Elephants and their diseases
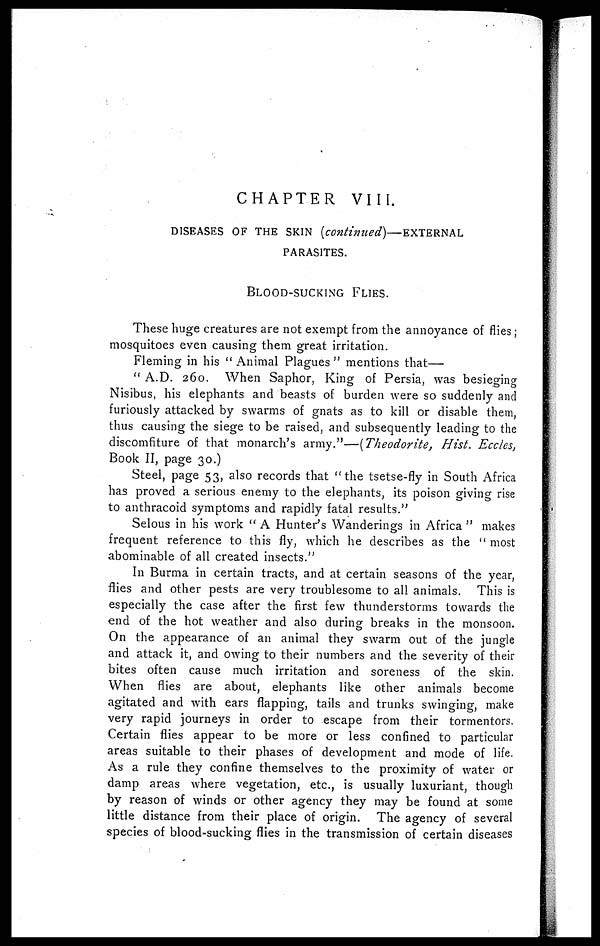
CHAPTER VIII.
DISEASES OF THE SKIN (continued)—EXTERNAL
PARASITES.
BLOOD-SUCKING
FLIES.
These huge creatures are not exempt from the annoyance of flies ;
mosquitoes even causing them great irritation.
Fleming in his " Animal Plagues " mentions that—
" A.D. 260. When Saphor, King of Persia, was besieging
Nisibus, his elephants and "beasts of burden were so suddenly and
furiously attacked by swarms of gnats as to kill or disable them,
thus causing the siege to be raised, and subsequently leading to the
discomfiture of that monarch's army."—(Theodorite, Hist. Eccles,
Book II, page 30.)
Steel, page 53, also records that "the tsetse-fly in South Africa
has proved a serious enemy to the elephants, its poison giving rise
to anthracoid symptoms and rapidly fatal results."
Selous in his work " A Hunter's Wanderings in Africa " makes
frequent reference to this fly, which he describes as the " most
abominable of all created insects."
In Burma in certain tracts, and at certain seasons of the year,
flies and other pests are very troublesome to all animals. This is
especially the case after the first few thunderstorms towards the
end of the hot weather and also during breaks in the monsoon.
On the appearance of an animal they swarm out of the jungle
and attack it, and owing to their numbers and the severity of their
bites often cause much irritation and soreness of the skin.
When flies are about, elephants like other animals become
agitated and with ears flapping, tails and trunks swinging, make
very rapid journeys in order to escape from their tormentors.
Certain flies appear to be more or less confined to particular
areas suitable to their phases of development and mode of life.
As a rule they confine themselves to the proximity of water or
damp areas where vegetation, etc., is usually luxuriant, though
by reason of winds or other agency they may be found at some
little distance from their place of origin. The agency of several
species of blood-sucking flies in the transmission of certain diseases